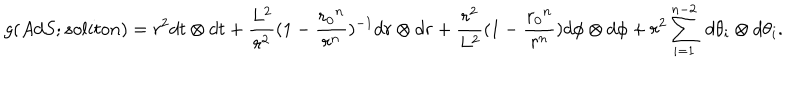
g ( A d S ; s o l i t o n ) = { r ^ { 2 } } d t \otimes d t + { \frac { L ^ { 2 } } { r ^ { 2 } } } { ( 1 - { \frac { { r _ { 0 } } ^ { n } } { r ^ { n } } } ) ^ { - 1 } } d r \otimes d r + { \frac { r ^ { 2 } } { L ^ { 2 } } } { ( 1 - { \frac { { r _ { 0 } } ^ { n } } { r ^ { n } } } ) } d \phi \otimes d \phi + { r ^ { 2 } } \sum _ { i = 1 } ^ { n - 2 } \; d \theta _ { i } \otimes d \theta _ { i } .